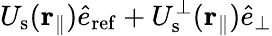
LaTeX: U_{\mathrm{s}}({\mathbf r}_{\parallel})\hat{e}_{\mathrm{ref}}+U_{\mathrm{s}}^{\perp}({\mathbf r}_{\parallel})\hat{e}_{\perp}